Report on the Civil Veterinary Department, Eastern Bengal and Assam - 1907-1911
Year: 1907
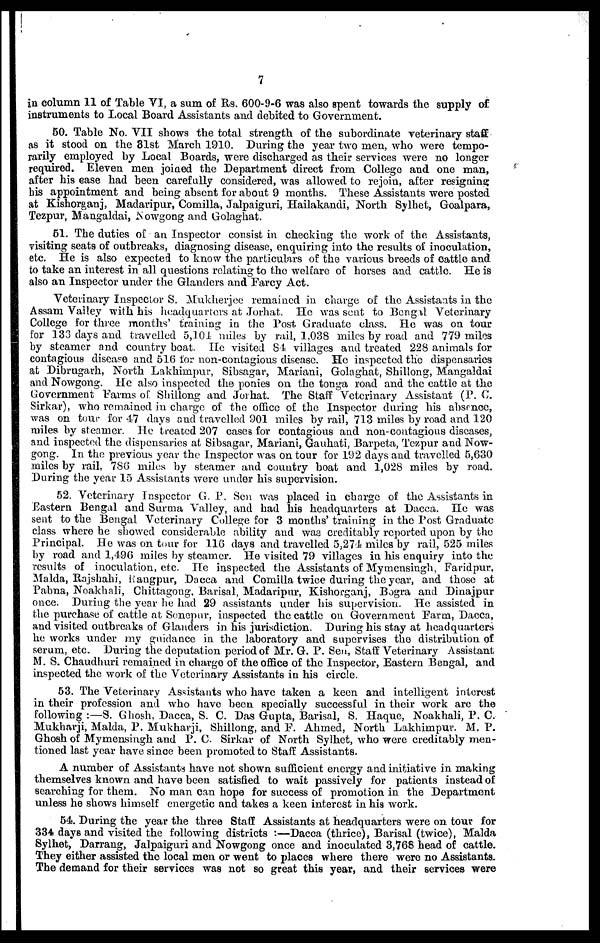
7
in column 11 of Table VI, a sum of Rs. 600-9-6 was also spent towards the supply of
instruments to Local Board Assistants and debited to Government.
50. Table No. VII shows the total strength of the subordinate veterinary staff
as it stood on the 31st March 1910. During the year two men, who were tempo-
rarily employed by Local Boards, were discharged as their services were no longer
required. Eleven men joined the Department direct from College and one man,
after his case had been carefully considered, was allowed to rejoin, after resigning
his appointment and being absent for about 9 months. These Assistants were posted
at Kishorganj, Madaripur, Comilla, Jalpaiguri, Hailakandi, North Sylhet, Goalpara,
Tezpur, Mangaldai, Nowgong and Golaghat.
61. The duties of an Inspector consist in checking the work of the Assistants,
visiting seats of outbreaks, diagnosing disease, enquiring into the results of inoculation,
etc. He is also expected to know the particulars of the various breeds of cattle and
to take an interest in all questions relating to the welfare of horses and cattle. He is
also an Inspector under the Glanders and Farcy Act.
Veterinary Inspector S. Mukherjee remained in charge of the Assistants in the
Assam Valley with his headquarters at Jorhat. He was sent to Bengal Veterinary
College for three months' training in the Post Graduate class. He was on tour
for 133 days and travelled 5,101 miles by rail, 1,038 miles by road and 779 miles
by steamer and country boat. He visited 81 villages and treated 228 animals for
contagious disease and 516 for non-contagious disease. He inspected the dispensaries
at Dibrugarh, North Lakhimpur, Sibsagar, Mariani, Golaghat, Shillong, Mangaldai
and Nowgong. He also inspected the ponies on the tonga road and the cattle at the
Government Farms of Shillong and Jorhat. The Staff Veterinary Assistant (P. C.
Sirkar), who remained in charge of the office of the Inspector during his absence,
was on tour for 47 days and travelled 901 miles by rail, 713 miles by road and 120
miles by steamer. He treated 207 cases for contagious and non-contagious diseases,
and inspected the dispensaries at Sibsagar, Mariani, Gauhati, Barpeta, Tezpur and Now-
gong. In the previous year the Inspector was on tour for 192 days and travelled 5,630
miles by rail, 78G miles by steamer and country boat and 1,028 miles by road.
During the year 15 Assistants were under his supervision.
52. Veterinary Inspector G. P. Sen was placed in charge of the Assistants in
Eastern Bengal and Surma Valley, and had his headquarters at Dacca. He was
sent to the Bengal Veterinary College for 3 months' training in the Post Graduate
class where he showed considerable ability and was creditably reported upon by the
Principal. He was on tour for 116 days and travelled 5,271 miles by rail, 525 miles
by road and 1,496 miles by steamer. He visited 79 villages in his enquiry into the
results of inoculation, etc. He inspected the Assistants of Mymensingh, Faridpur,
Malda, Rajshahi, Rangpur, Dacca and Comilla twice during the year, and those at
Pabna, Noakhali, Chittagong, Barisal, Madaripur, Kishorganj, Bogra and Dinajpur
once. During the year he had 29 assistants under his supervision. He assisted in
the purchase of cattle at Sonepur, inspected the cattle on Government Farm, Dacca,
and visited outbreaks of Glanders in his jurisdiction. During his stay at headquarters
he works under my guidance in the laboratory and supervises the distribution of
serum, etc. During the deputation period of Mr. G. P. Sen, Staff Veterinary Assistant
M. S. Chaudhuri remained in charge of the office of the Inspector, Eastern Bengal, and
inspected the work of the Veterinary Assistants in his circle.
53. The Veterinary Assistants who have taken a keen and intelligent interest
in their profession and who have been specially successful in their work are the
following:—S. Ghosh, Dacca, S. C. Das Gupta, Barisal, S. Haque, Noakhali, P. C.
Mukharji, Malda, P. Mukharji, Shillong, and F. Ahmed, North Lakhimpur. M. P.
Ghosh of Mymensingh and P. C. Sirkar of North Sylhet, who were creditably men-
tioned last year have since been promoted to Staff Assistants.
A number of Assistants have not shown sufficient energy and initiative in making
themselves known and have been satisfied to wait passively for patients instead of
searching for them. No man can hope for success of promotion in the Department
unless he shows himself energetic and takes a keen interest in his work.
54. During the year the three Staff Assistants at headquarters were on tour for
334 days and visited the following districts:—Dacca (thrice), Barisal (twice), Malda
Sylhet, Darrang, Jalpaiguri and Nowgong once and inoculated 3,768 head of cattle.
They either assisted the local men or went to places where there were no Assistants.
The demand for their services was not so great this year, and their services were